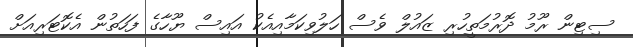
ސިޓިން ރޫމު ދޮރުމަތީހުރި ޒައުލް ވެސް ހަލުވިކަމާއިއެކު އައިސް ޔޫހާގެ ފަހަތުން އެކޮޓަރިއަށް